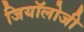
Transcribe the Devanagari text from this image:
जियॉलोजी